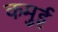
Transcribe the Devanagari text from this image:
कमुई